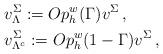
LaTeX: \begin{align*}& v^{\Sigma}_{\Lambda} := Op_h^w(\Gamma) v^{\Sigma} \, , \\& v^{\Sigma}_{\Lambda^c} := Op_h^w(1-\Gamma)v^{\Sigma} \, ,\end{align*}